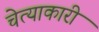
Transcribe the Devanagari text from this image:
चेत्याकारी